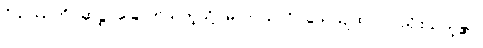
ဝိသုဿတိ (ဆဋ္ဌ) ခြောက်သကဲ့သို့။ မိလာယတိ (သေယျထာပိ)၊ ညှိုးသကဲ့၏။